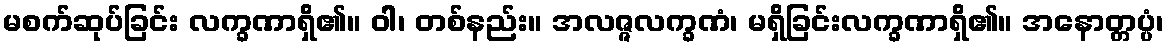
မစက်ဆုပ်ခြင်း လက္ခဏာရှိ၏။ ဝါ၊ တစ်နည်း။ အလဇ္ဇလက္ခဏံ၊ မရှိခြင်းလက္ခဏာရှိ၏။ အနောတ္တပ္ပံ၊